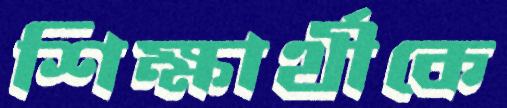
শিক্ষার্থীকে